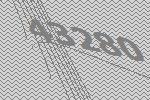
43280